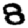
Digit: 8